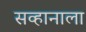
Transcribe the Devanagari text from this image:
सव्हानाला